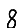
Digit: 8